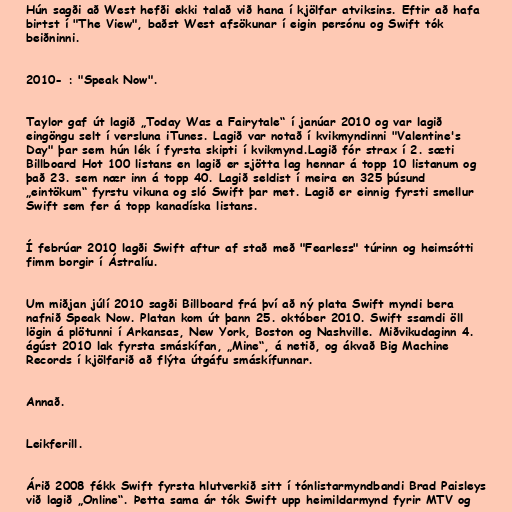
Hún sagði að West hefði ekki talað við hana í kjölfar atviksins. Eftir að hafa
birtst í "The View", baðst West afsökunar í eigin persónu og Swift tók
beiðninni.

2010- : "Speak Now".

Taylor gaf út lagið „Today Was a Fairytale“ í janúar 2010 og var lagið
eingöngu selt í versluna iTunes. Lagið var notað í kvikmyndinni "Valentine's
Day" þar sem hún lék í fyrsta skipti í kvikmynd.Lagið fór strax í 2. sæti
Billboard Hot 100 listans en lagið er sjötta lag hennar á topp 10 listanum og
það 23. sem nær inn á topp 40. Lagið seldist í meira en 325 þúsund
„eintökum“ fyrstu vikuna og sló Swift þar met. Lagið er einnig fyrsti smellur
Swift sem fer á topp kanadíska listans.

Í febrúar 2010 lagði Swift aftur af stað með "Fearless" túrinn og heimsótti
fimm borgir í Ástralíu.

Um miðjan júlí 2010 sagði Billboard frá því að ný plata Swift myndi bera
nafnið Speak Now. Platan kom út þann 25. október 2010. Swift ssamdi öll
lögin á plötunni í Arkansas, New York, Boston og Nashville. Miðvikudaginn 4.
ágúst 2010 lak fyrsta smáskífan, „Mine“, á netið, og ákvað Big Machine
Records í kjölfarið að flýta útgáfu smáskífunnar.

Annað.

Leikferill.

Árið 2008 fékk Swift fyrsta hlutverkið sitt í tónlistarmyndbandi Brad Paisleys
við lagið „Online“. Þetta sama ár tók Swift upp heimildarmynd fyrir MTV og